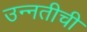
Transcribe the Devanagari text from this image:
उन्‍नतीची